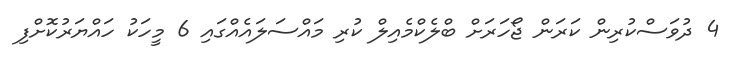
4 ދުވަަސްކުރިން ކަރަން ޖޯހަރަށް ބްލެކްމެއިލް ކުރި މައްސަލައެއްގައި 6 މީހަކު ހައްޔަރުކޮށްފި